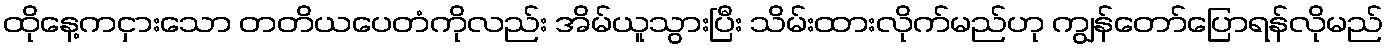
ထိုနေ့ကငှားသော တတိယပေတံကိုလည်း အိမ်ယူသွားပြီး သိမ်းထားလိုက်မည်ဟု ကျွန်တော်ပြောရန်လိုမည်